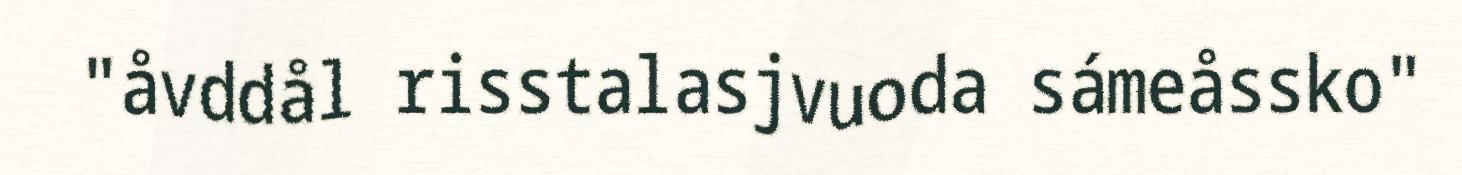
"åvddål risstalasjvuoda sámeåssko"